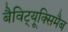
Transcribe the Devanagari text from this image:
बैविट्यूक्सिमैब